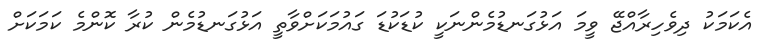
އެކަމަކު ދިވެހިރާއްޖޭ ވީމަ އަޅުގަނޑުމެންނަކީ ކުޑަކުޑަ ގައުމަކަށްވާތީ އަޅުގަނޑުމެން ކުރާ ކޮންމެ ކަމަކަށް